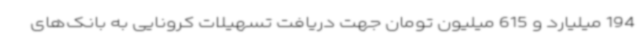
194 میلیارد و 615 میلیون تومان جهت دریافت تسهیلات کرونایی به بانک‌های